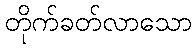
တိုက်ခတ်လာသော